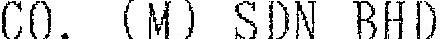
CO. (M) SDN BHD